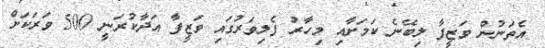
އެތަނުން ވަޒީފާ ލިބޭނެ ކަމަށާއި މިހާރު ފެލިވަރުގައި ވަޒީފާ އަދާކުރަނީ 500 ވަރަކަށް